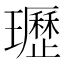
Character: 瓑